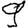
Digit: 9